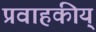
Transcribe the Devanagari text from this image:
प्रवाहकीय्